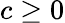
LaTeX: c\ge 0